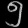
Digit: ၅